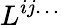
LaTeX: L^{ij\ldots}